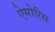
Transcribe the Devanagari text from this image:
ऐमोरिस